system: You are a helpful assistant.
user:
Analyze the provided spectrum to determine if it is a **"Cataclysmic Variables (CV)"**.

- **Key Indicators for CV (Check for either state):**
    - **State 1: Quiescent / Low-State (Emission-Dominated)**
        - **(Primary):** Strong and *very broad* Hydrogen Balmer emission lines (e.g., $H\alpha$ at 6563 Å, $H\beta$ at 4861 Å). The 'broadness' (high velocity dispersion, often FWHM > 1000 km/s) is the key diagnostic, indicating a high-velocity accretion disk.
        - **(Secondary):** Broad neutral Helium (He I) emission lines (e.g., 5876 Å, 6678 Å).
        - **(Key Confirmation):** Presence of high-excitation *ionized* Helium (He II) emission at 4686 Å. This is a strong indicator of accretion onto a white dwarf.
        - **(Line Profile):** Emission lines may exhibit a 'double-peaked' profile, which is a classic signature of a rotating accretion disk viewed at high inclination.

    - **State 2: Outburst / High-State (Absorption-Dominated)**
        - **(Primary):** Spectrum is dominated by a bright, blue continuum (looks like a hot star).
        - **(Secondary):** The emission lines from State 1 are weak, absent, or 'filled in', and are replaced by broad, shallow *absorption* lines (primarily Balmer and He I).
        - **(Morphology):** The overall spectrum mimics a hot B/A-type star. The crucial difference is that the absorption lines are significantly broader, shallower, and more 'washed-out' (or 'smeared') than the sharp lines of a normal stellar photosphere, due to high rotational speeds and pressure broadening in the disk.

Think first, call **spectral_visualization_tool** if needed to examine features in detail, then provide your final answer. Your response must adhere to the following strict rules:
1.  **Overall Structure:** Your response must follow the format `<think>...</think> <tool_call>...</tool_call> (if a tool is used) <answer>...</answer>`.
2.  **Tool Usage Constraint:** You may only make **one** tool call per turn.
3.  **Final Answer Format:** In the `<answer>` tag, your conclusion must be inside a `\boxed{}` command (e.g., `\boxed{YES}`), followed by your justification.

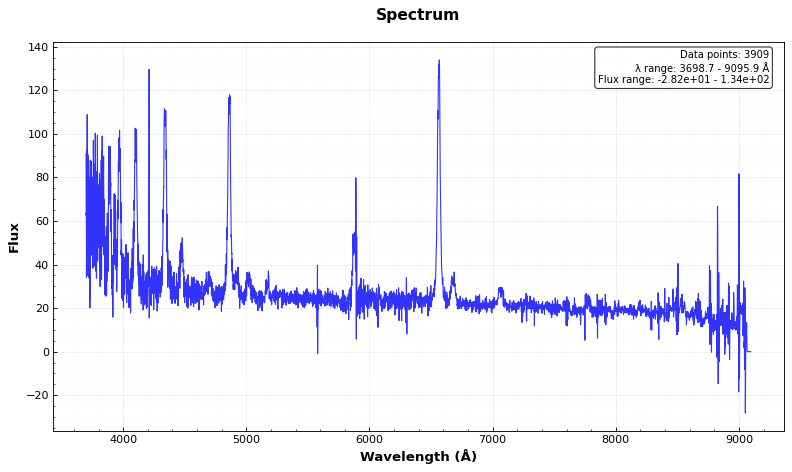
Answer: YES